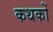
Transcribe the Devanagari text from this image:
कथकों